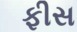
ફીસ